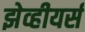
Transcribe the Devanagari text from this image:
झेव्हीयर्स